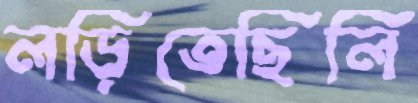
লড়িতেছিলি